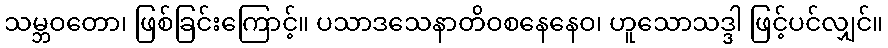
သမ္ဘဝတော၊ ဖြစ်ခြင်းကြောင့်။ ပသာဒသေနာတိဝစနေနေဝ၊ ဟူသောသဒ္ဒါ ဖြင့်ပင်လျှင်။